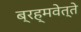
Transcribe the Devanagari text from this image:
ब्रह्मवेत्ते